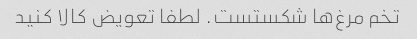
تخم مرغ‌ها شکستست. لطفا تعویض کالا کنید